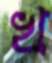
খ